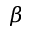
\beta